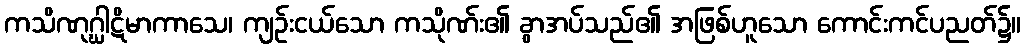
ကသိဏုဂ္ဃါဋိမာကာသေ၊ ကျဉ်းငယ်သော ကသိုဏ်း၏ ခွာအပ်သည်၏ အဖြစ်ဟူသော ကောင်းကင်ပညတ်၌။